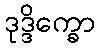
ဒုဒ္ဒိက္ခော